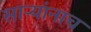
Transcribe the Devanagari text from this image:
साऱ्यांनाच